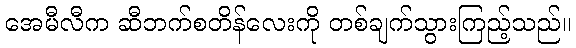
အေမီလီက ဆီဘက်စတိန်လေးကို တစ်ချက်သွားကြည့်သည်။